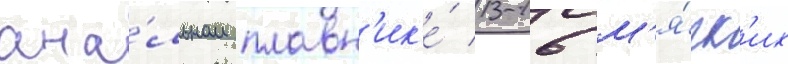
ана́льном плавн'ик'е́ 13-16 м'я́гк'их